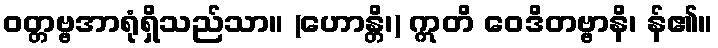
ဝတ္တဗ္ဗအာရုံရှိသည်သာ။ (ဟောန္တိ၊) ဣတိ ဝေဒိတဗ္ဗာနိ၊ န်၏။